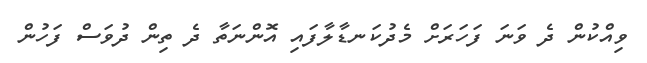
ވިއްކުން ދެ ވަނަ ފަހަރަށް މެދުކަނޑާލާފައި އޮންނަތާ ދެ ތިން ދުވަސް ފަހުން